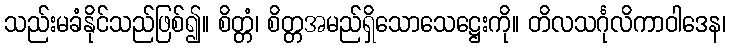
သည်းမခံနိုင်သည်ဖြစ်၍။ စိတ္တံ၊ စိတ္တအမည်ရှိသောသေဋ္ဌေးကို။ တိလသင်္ဂုလိကာဝါဒေန၊